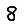
Digit: 8